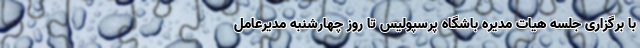
با برگزاری جلسه هیات مدیره باشگاه پرسپولیس تا روز چهارشنبه مدیرعامل